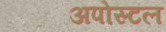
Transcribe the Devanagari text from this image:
अपोस्टल